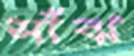
সাঁঝ